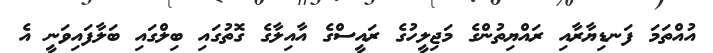
އުއްތަމަ ފަނޑިޔާރާއި ރައްޔިތުންގެ މަޖިލީހުގެ ރައީސްގެ އާއިލާގެ ގޮތުގައި ބިލްގައި ބަލާފައިވަނީ އެ